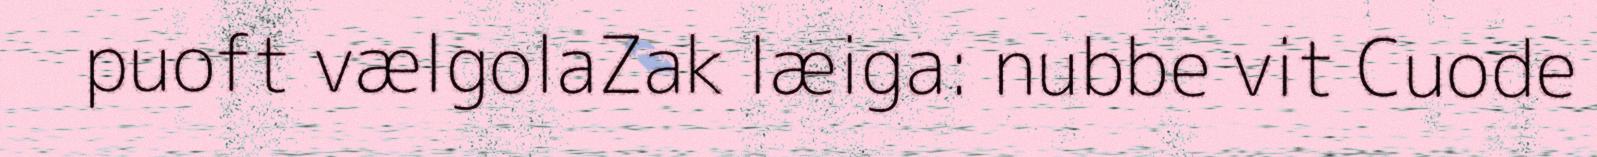
puoft vælgolaZak læiga: nubbe vit Cuode